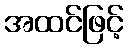
အထင်ဖြင့်